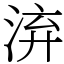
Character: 㳰